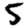
Digit: 5